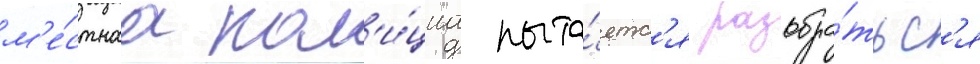
м'е́стнаа пол'и́циа пыта́етс'я разобра́тьс'я